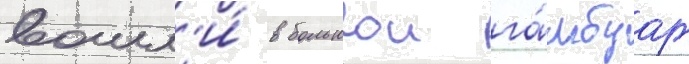
вошл'и́ в большои га́мбург